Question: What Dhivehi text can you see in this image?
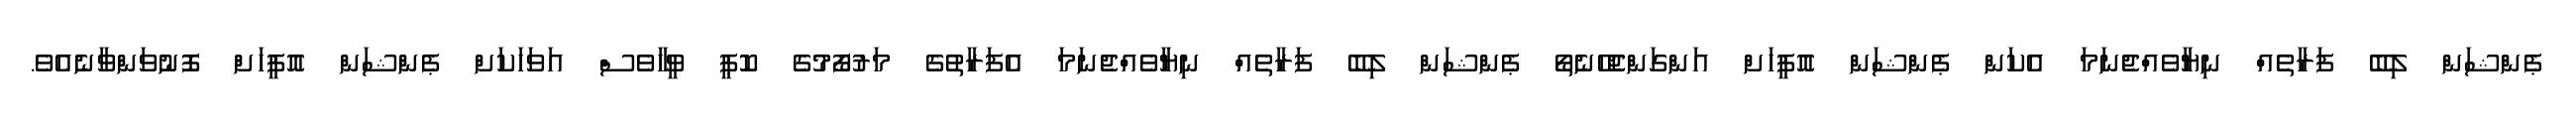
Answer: ޕެންޝަން ލިބޭ ފަރާތެއް ނިޔާވެއްޖެނަމަ އެކަން ޕެންޝަން އޮފީހަށް އަންގަންޖެހޭނެތޯ ޕެންޝަން ލިބޭ ފަރާތެއް ނިޔާވެއްޖެނަމަ އެފަރާތުގެ މަރުފޯމުގެ ކޮޕީ ވީހާވެސް އަވަހަކަށް ޕެންޝަން އޮފީހަށް ފޮނުވަންވާނެއެވެ.